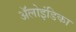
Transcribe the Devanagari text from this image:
ॲलोइंडिका